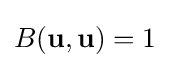
B(\mathbf {u} ,\mathbf {u} )=1